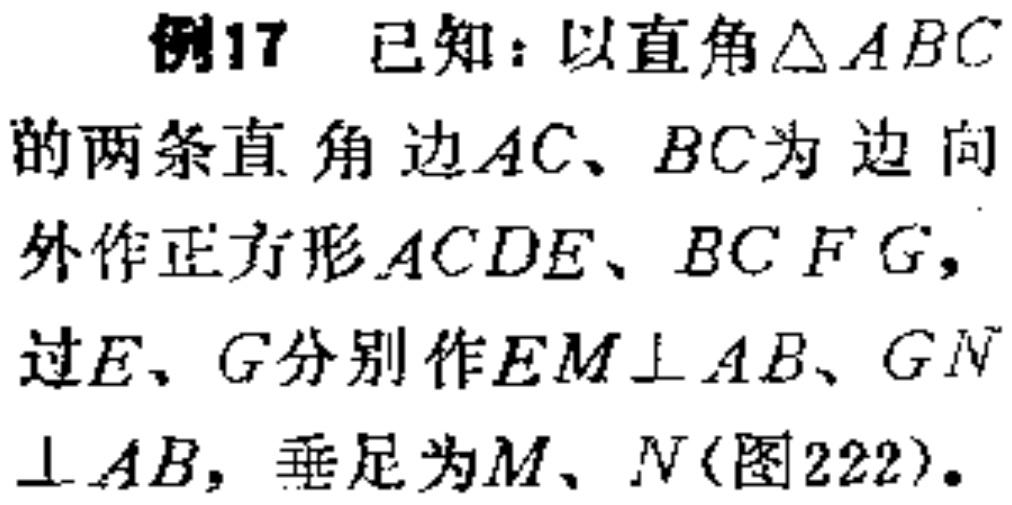
例17 已知：以直角$\triangle ABC$的两条直角边$AC、BC$为边向外作正方形$ACDE、BCFG$，过$E、G$分别作$EM\perp AB、GN\perp AB$，垂足为$M、N$(图222)。